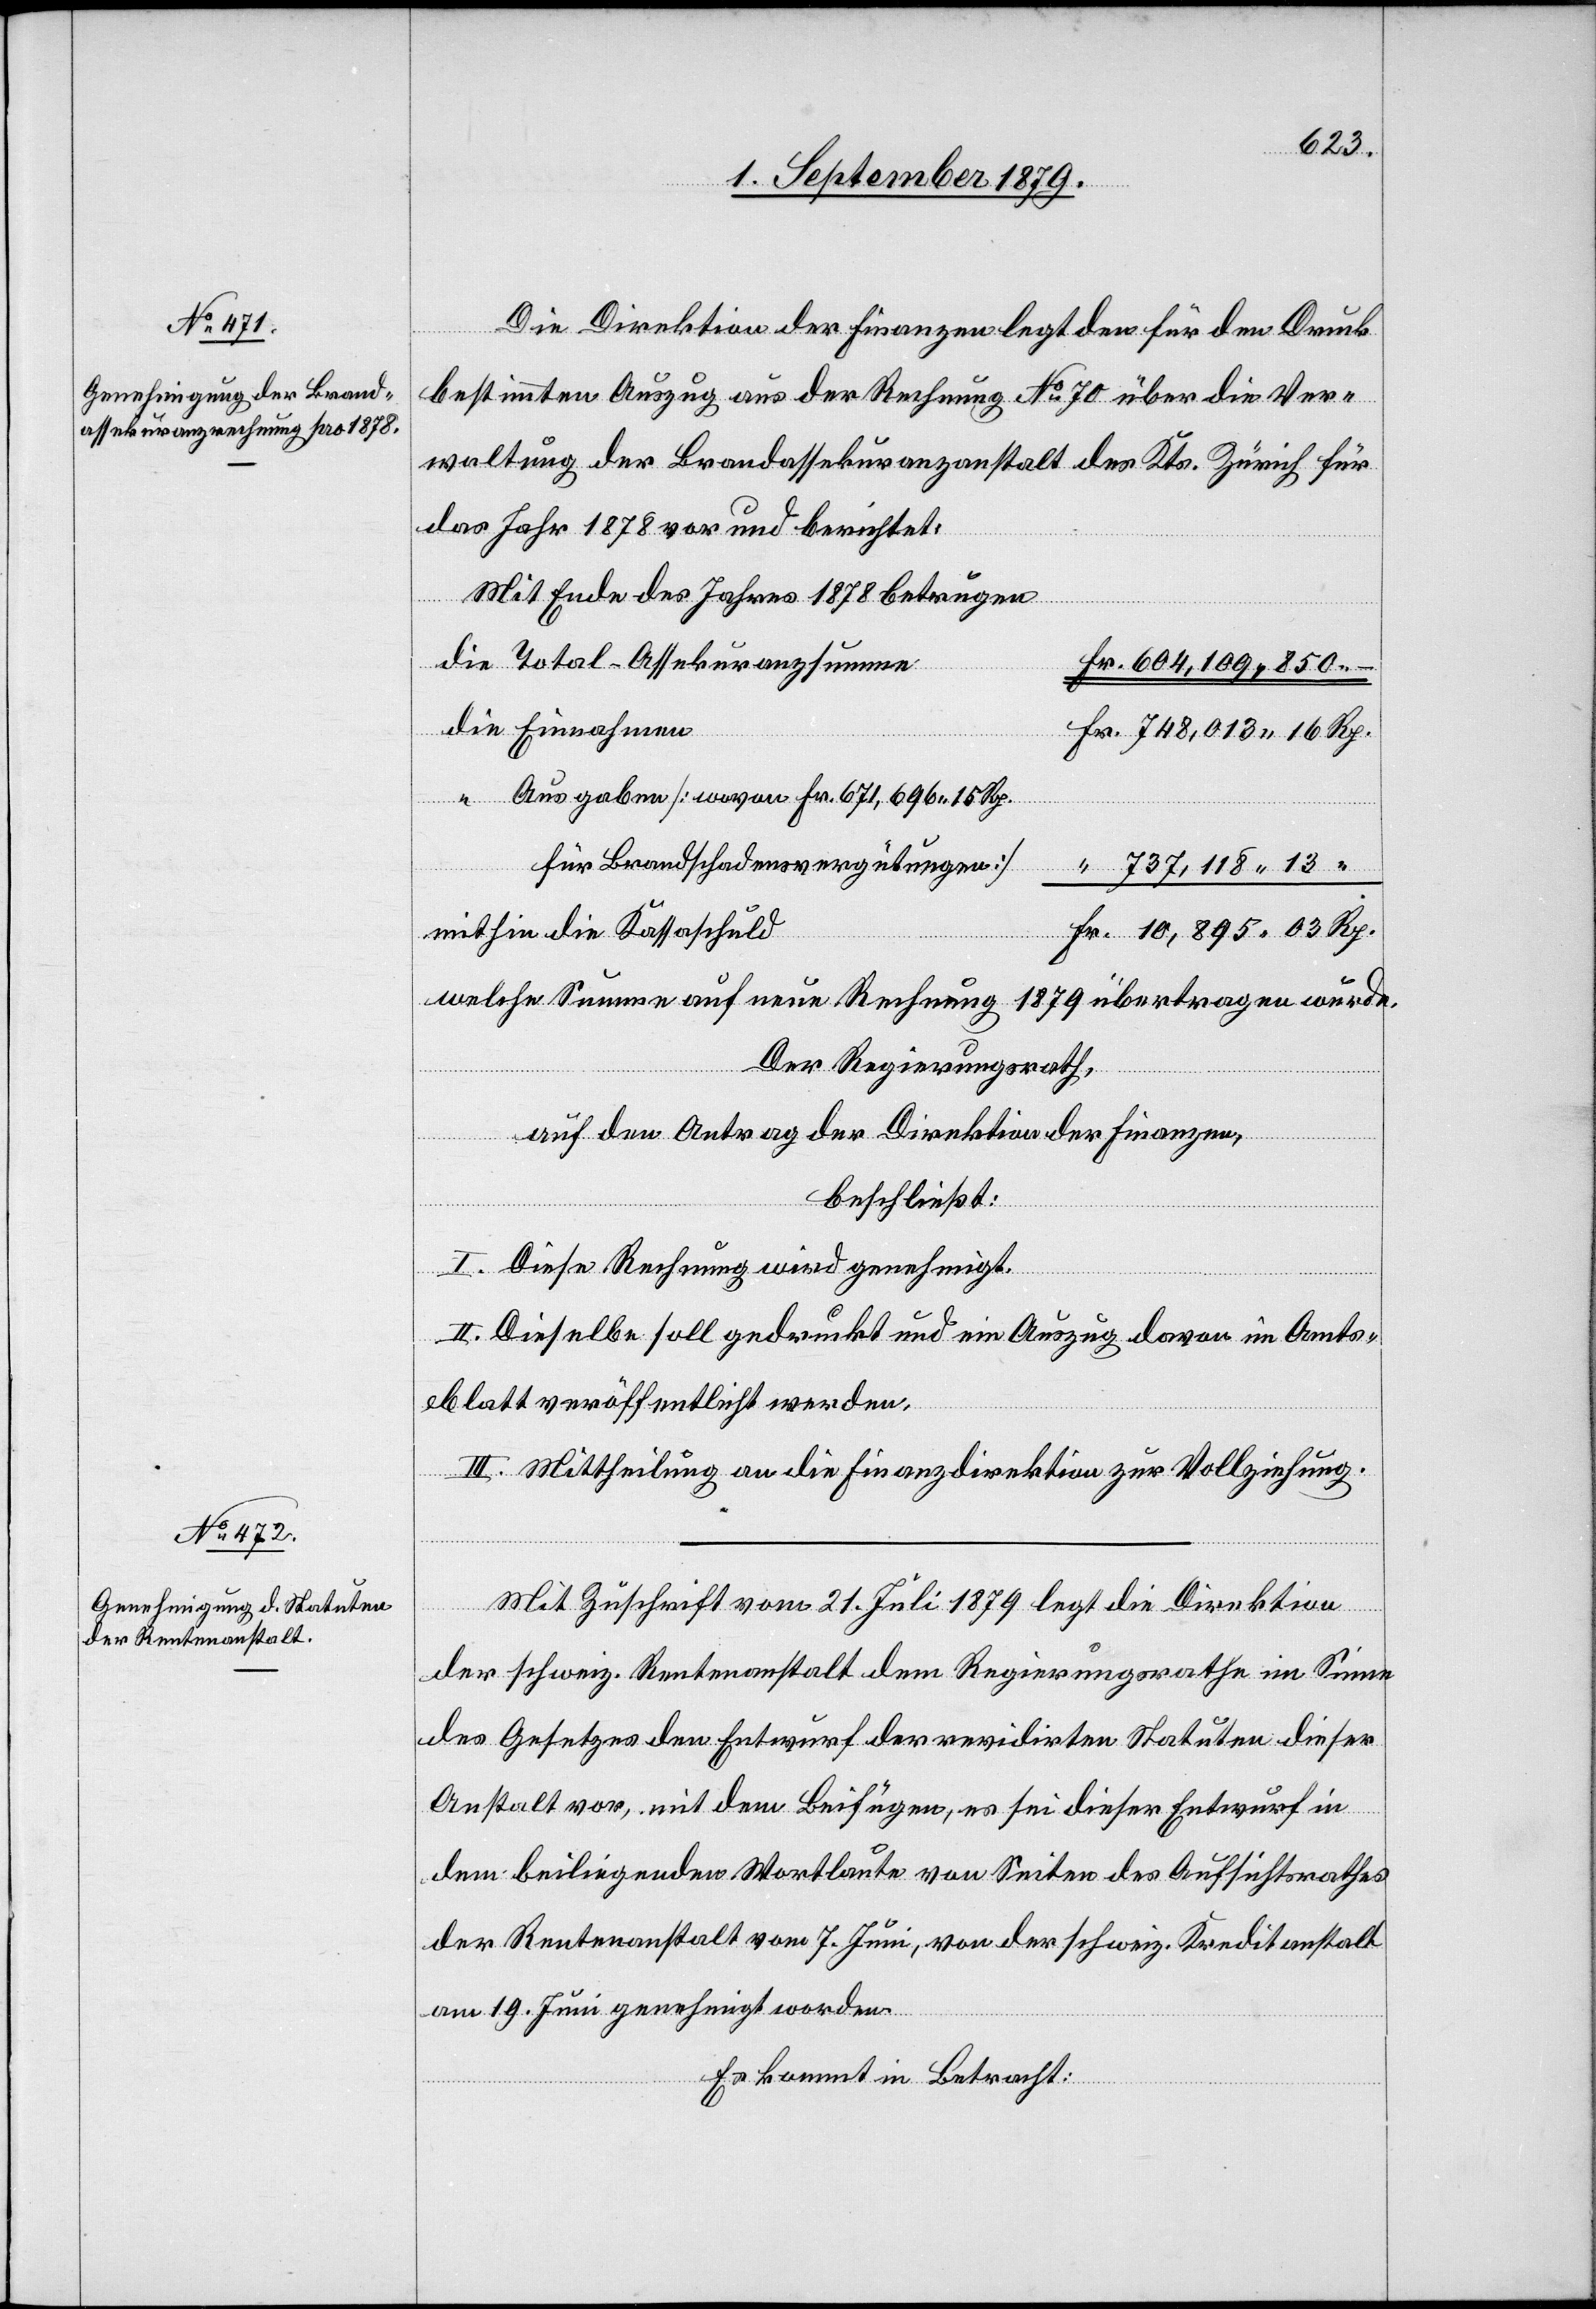
Die Direktion der Finanzen legt den für den Druck
bestimmten Auszug aus der Rechnung No 70 über die Ver¬
waltung der Brandassekuranzanstalt des Kts. Zürich für
das Jahr 1878 vor und berichtet:
Mit Ende des Jahres 1878 betrugen
Rp.
die Total-Assekuranzsumme
604,109,850 –
die Einnahmen
Ausgaben [wovon Fr. 671,696 15 Rp.
für Brandschadensvergütungen]
737,118 13
mithin die Kassaschuld
welche Summe auf neue Rechnung 1879 übertragen wurde.
Der Regierungsrath,
auf den Antrag der Direktion der Finanzen,
beschließt:
I. Diese Rechnung wird genehmigt.
II. Dieselbe soll gedruckt und ein Auszug davon im Amts¬
blatt veröffentlicht werden.
III. Mittheilung an die Finanzdirektion zur Vollziehung.
“